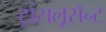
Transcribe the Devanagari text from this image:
ट्रांसलूसॅन्ट